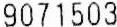
9071503